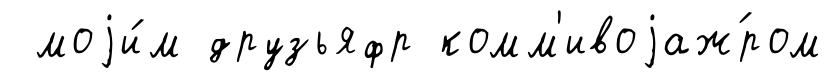
моjи́м друзьяфр комм'ивоjаж́ром